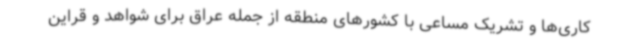
کاری‌ها و تشریک مساعی با کشورهای منطقه از جمله عراق برای شواهد و قراین